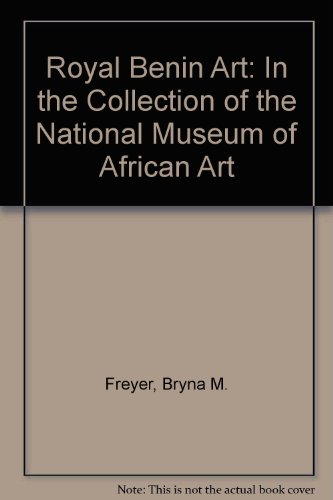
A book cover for Royal Benin Art in the Collection of the National Museum of African Art; National Museum of African Art (U. S.); Travel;